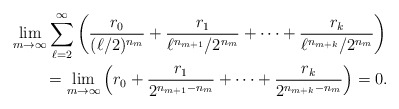
\begin{gather*}\lim_{m\to\infty}\sum_{\ell=2}^\infty\left(\frac{r_0}{(\ell/2)^{n_m}}+\frac{r_1}{\ell^{n_{m+1}}/2^{n_m}}+\dots+\frac{r_k}{\ell^{n_{m+k}}/2^{n_m}}\right)\\\qquad{}=\lim_{m\to\infty}\left(r_0+\frac{r_1}{2^{n_{m+1}-n_m}}+\dots+\frac{r_k}{2^{n_{m+k}-n_m}}\right)=0.\end{gather*}